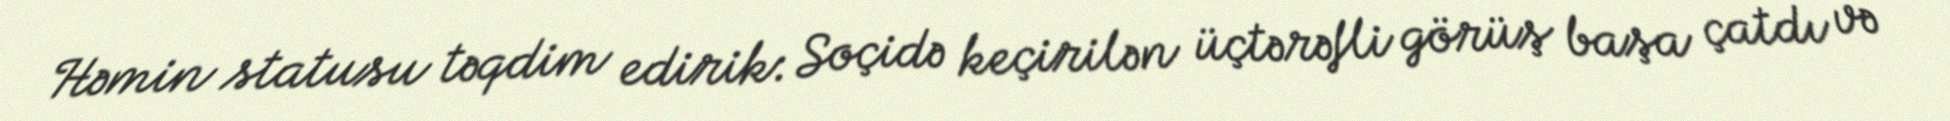
Həmin statusu təqdim edirik: Soçidə keçirilən üçtərəfli görüş başa çatdı və